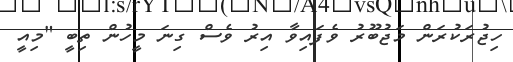
ހިޖުރަކުރަން މަޖުބޫރު ވެފައިވާ އިރު ވެސް ގިނަ މީހުން ތިބީ "މިއީ